Insane asylums Bombay 1873-77 - 1873-1877
Year: 1873
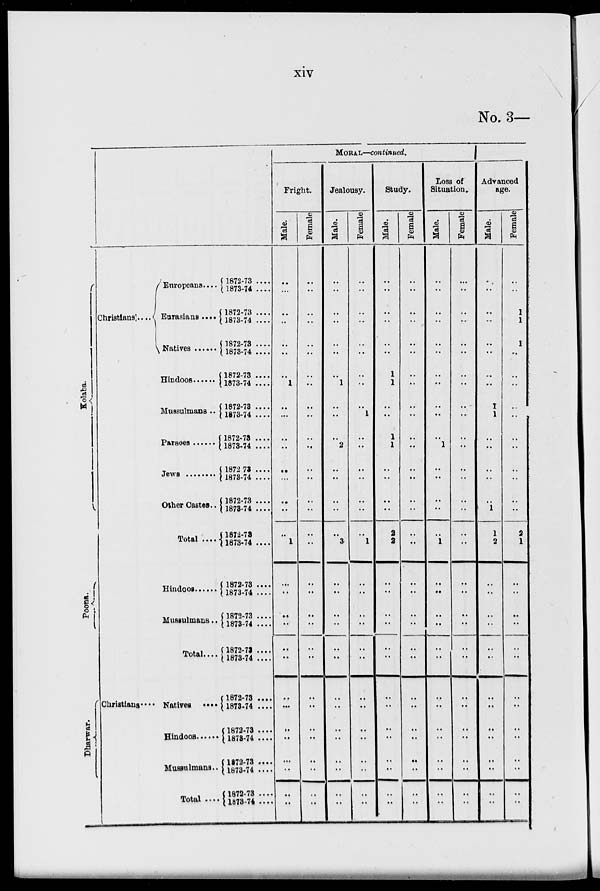
xiv
No. 3 —
Kolaba.
Poona.
Dharwar.
Christians ....
Europeans....
Eurasians ....
Natives .....
Hindoos .....
Mussulmans ..
Parsees .....
Jews .......
Other Castes..
Total .....
Hindoos .....
Mussulmans..
Total....
Christians .... Natives
....
Hindoos .....
Mussulmans..
Total ....
1872-73 ....
1873-74 ......
1872-73 ....
1873-74 ....
1872-73 ....
1873-74 ....
1872-73 ....
1873-74 ....
1872-73 ....
1873-74 ....
1872-73 ....
1873-74 ....
1872-73 ....
1873-74 ....
1872-73 ....
1873-74 ....
1872-73
1873-74 ....
1872-73 ....
1873-74 ....
1872-73 ....
1873-74 ....
1872-73 ....
1873-74 ....
1872-73 ....
1873-74 ....
1872-73 ....
1873-74 ....
1372-73 ....
1873-74 ....
1872-73 ....
1873-74 ....
MORAL—continued.
Fright.
Male.
..
...
..
..
..
..
..
1
..
...
..
..
..
...
..
..
..
1
..
..
..
..
..
..
..
...
..
..
...
..
..
..
Female
..
..
..
..
..
..
..
..
..
..
..
..
..
..
..
..
..
..
..
..
..
..
..
..
..
..
..
..
..
..
..
Jealousy.
Male.
..
..
..
..
..
..
..
1
..
..
..
2
..
..
..
..
..
3
..
..
..
..
..
..
..
..
..
..
..
..
..
..
Female
..
..
..
..
..
..
..
...
..
1
..
..
..
..
..
..
..
1
..
..
..
..
..
..
..
..
..
..
..
..
..
..
Study.
Male.
..
..
..
..
..
...
1
1
..
..
1
1
..
..
..
..
2
2
..
..
..
..
..
..
..
..
..
..
..
..
..
..
Female
..
..
..
..
..
..
..
..
..
..
..
..
..
..
..
..
..
..
..
..
..
..
..
..
..
..
..
..
..
..
..
..
Loss of
Situation..
Male.
..
..
..
..
..
..
..
..
..
..
..
1
..
..
..
..
..
1
..
..
..
..
..
..
..
..
..
..
..
..
..
..
Female
..
..
..
..
..
..
..
..
..
...
..
..
..
..
..
..
..
..
...
..
..
..
..
..
..
..
..
..
..
..
..
..
Advanced
age.
Male.
..
..
..
..
..
...
..
..
1
1
..
..
..
..
..
1
1
2
..
..
..
..
..
..
..
..
..
..
..
..
..
..
Female
...
..
1
1
1
..
..
..
..
..
..
..
..
..
..
..
2
1
..
..
..
..
..
..
..
..
..
..
..
..
..
..